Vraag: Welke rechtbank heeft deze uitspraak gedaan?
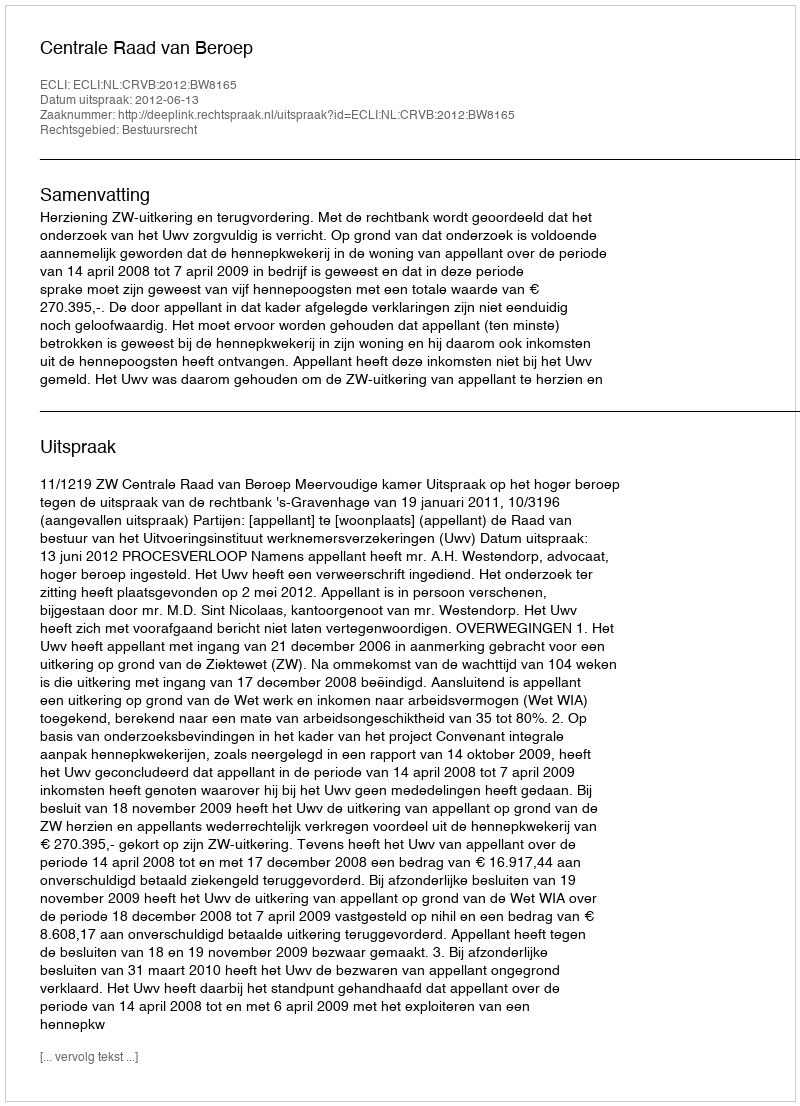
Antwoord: Centrale Raad van Beroep